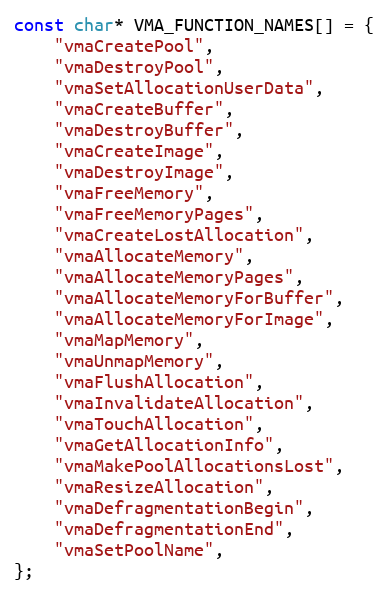
Language: C++
const char* VMA_FUNCTION_NAMES[] = {
    "vmaCreatePool",
    "vmaDestroyPool",
    "vmaSetAllocationUserData",
    "vmaCreateBuffer",
    "vmaDestroyBuffer",
    "vmaCreateImage",
    "vmaDestroyImage",
    "vmaFreeMemory",
    "vmaFreeMemoryPages",
    "vmaCreateLostAllocation",
    "vmaAllocateMemory",
    "vmaAllocateMemoryPages",
    "vmaAllocateMemoryForBuffer",
    "vmaAllocateMemoryForImage",
    "vmaMapMemory",
    "vmaUnmapMemory",
    "vmaFlushAllocation",
    "vmaInvalidateAllocation",
    "vmaTouchAllocation",
    "vmaGetAllocationInfo",
    "vmaMakePoolAllocationsLost",
    "vmaResizeAllocation",
    "vmaDefragmentationBegin",
    "vmaDefragmentationEnd",
    "vmaSetPoolName",
};